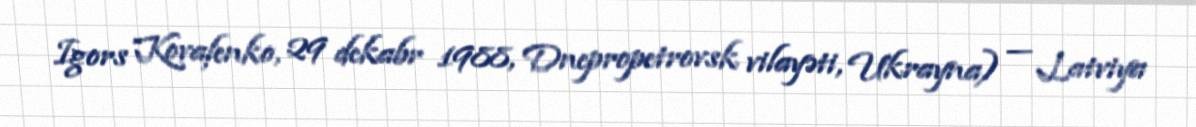
Igors Kovaļenko, 29 dekabr 1988, Dnepropetrovsk vilayəti, Ukrayna) — Latviya